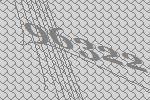
96322